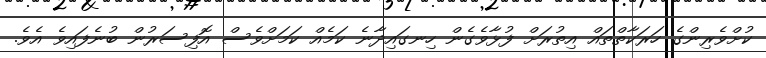
ކުށްވެރިންގެ ހަރަކާތްތައް އިތުރަށް ފުޅާވެގެން ހިނގައިދާނެ ކަމެއް ކަމަށްވެސް އޮފިސަރުން ބުނެފައިވެ އެވެ.